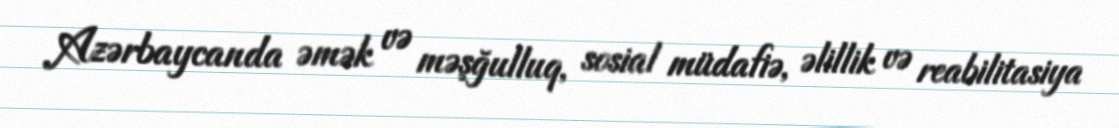
Azərbaycanda əmək və məşğulluq, sosial müdafiə, əlillik və reabilitasiya